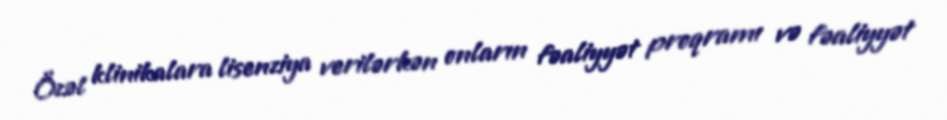
Özəl klinikalara lisenziya verilərkən onların fəaliyyət proqramı və fəaliyyət